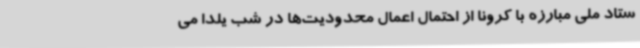
ستاد ملی مبارزه با کرونا از احتمال اعمال محدودیت‌ها در شب یلدا می